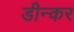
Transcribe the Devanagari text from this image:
डीन्कर